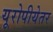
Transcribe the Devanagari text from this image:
यूरोपीयेतर